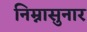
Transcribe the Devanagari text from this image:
निम्नासुनार